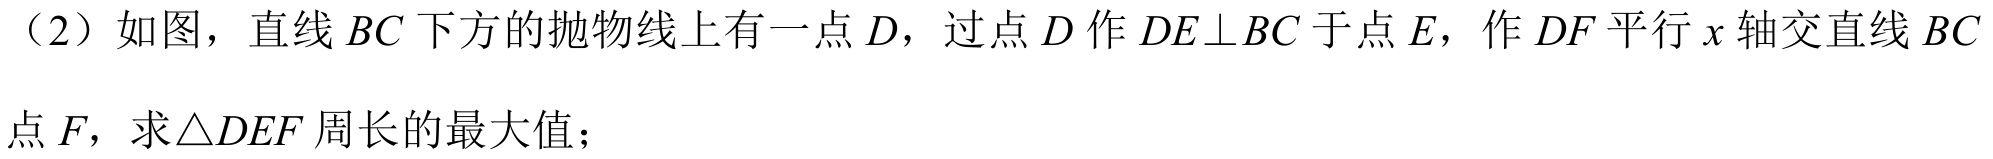
（2）如图，直线 \(BC\) 下方的抛物线上有一点 \(D\)，过点 \(D\) 作 \(DE\perp BC\) 于点 \(E\)，作 \(DF\) 平行 \(x\) 轴交直线 \(BC\) 于点 \(F\)，求\(\triangle DEF\) 周长的最大值；